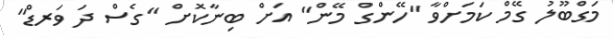
މަގްބޫލު ގޭމް ކަމަށްވާ "ހޭންގް މޭން" އަށް ބިނާކޮށް "ގެސް ދަ ވަރޑް"